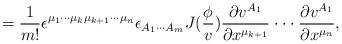
LaTeX: \begin{align*}=\frac 1{m!}\epsilon ^{\mu _1\cdot \cdot \cdot \mu _k\mu_{k+1}\cdot \cdot \cdot \mu _n}\epsilon _{A_1\cdot \cdot \cdot A_m}J(\frac\phi v)\frac{\partial v^{A_1}}{\partial x^{\mu _{k+1}}}\cdot \cdot \cdot \frac{\partial v^{A_1}}{\partial x^{\mu _n}},\end{align*}